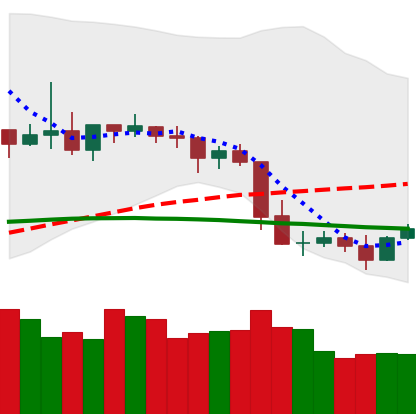
Ticker: XLM-USD
Chart end date: 2019-05-01
Forward return: -3.495%
Label: down_3_5